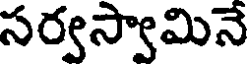
సర్వస్వామినే